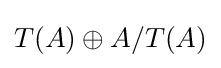
T(A)\oplus A/T(A)